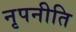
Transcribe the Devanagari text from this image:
नृपनीति